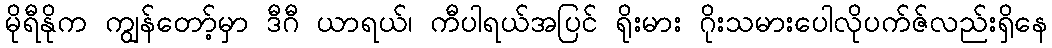
မိုရီနိုက ကျွန်တော့်မှာ ဒီဂီ ယာရယ်၊ ကီပါရယ်အပြင် ရိုးမား ဂိုးသမားပေါလိုပက်ဇ်လည်းရှိနေ